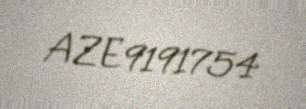
AZE9191754